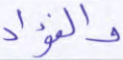
والفؤاد